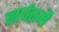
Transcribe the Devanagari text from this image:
सर्वस्मै